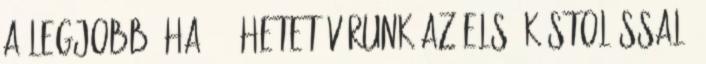
a legjobb, ha 3-4 hetet várunk az első kóstolással.